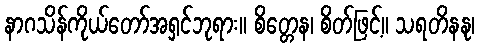
နာဂသိန်ကိုယ်တော်အရှင်ဘုရား။ စိတ္တေန၊ စိတ်ဖြင့်။ သရတိနနု၊